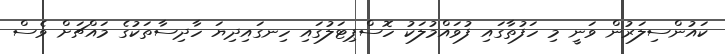
ކައުންސިލަރުން ވަނީ މި ހަފުތާގައި ފުވައްމުލަކު ހޮސްޕިޓަލުގައި ހިނގައިދިޔަ ހާދިސާތަކުގެ މައްޗަށް ވެސް